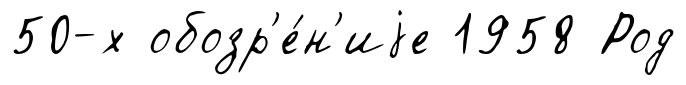
50-х обозр'е́н'иjе 1958 Род